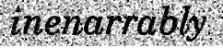
inenarrably